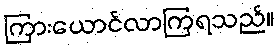
ကြားယောင်လာကြရသည်။